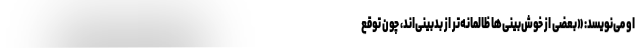
او می‌نویسد: «بعضی از خوش‌بینی‌ها ظالمانه‌تر از بدبینی‌اند، چون توقع